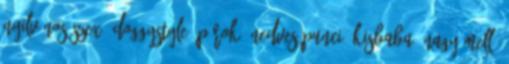
nyilvános szex, doggystyle, párok, nedves punci, kisbaba, nagy mell,